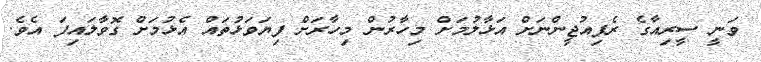
ވަނީ ސީރިއާގެ ރެފިއުޖީންނަށް އަޅާލުމަށް މިހާރުން މިހާރަށް ފިޔަވަޅުތައް އެޅުމަށް ގޮވާލައިފަ އެވެ.